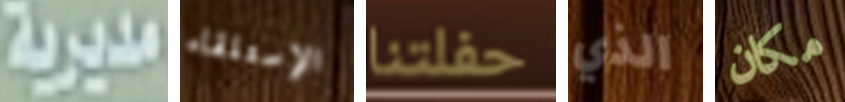
مديرية الإستلقاء حفلتنا الذي مكان